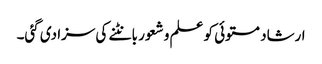
ارشاد مستوئی کو علم و شعور بانٹنے کی سزا دی گئی۔